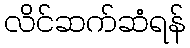
လိင်ဆက်ဆံရန်